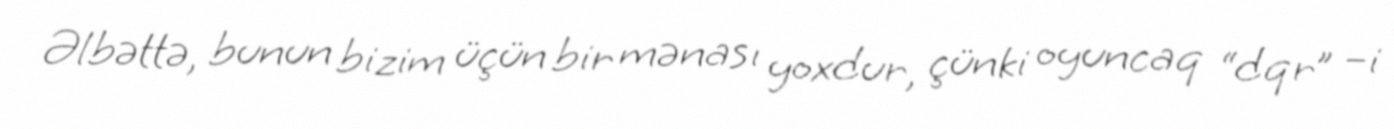
Əlbəttə, bunun bizim üçün bir mənası yoxdur, çünki oyuncaq “dqr” –i